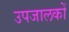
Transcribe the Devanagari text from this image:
उपजालकों